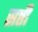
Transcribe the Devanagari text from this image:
सष्ठी